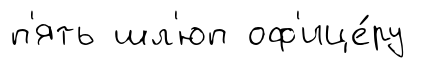
п'ять шл'юп оф'ице́ру